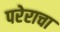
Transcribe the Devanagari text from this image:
परेराचा